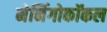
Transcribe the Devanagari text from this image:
मेनिंगोकॉकल